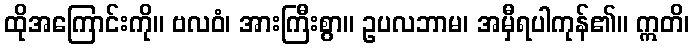
ထိုအကြောင်းကို။ ဗလဝံ၊ အားကြီးစွာ။ ဥပလဘာမ၊ အမှီရပါကုန်၏။ ဣတိ၊